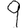
Digit: 9